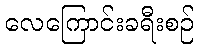
လေကြောင်းခရီးစဉ်